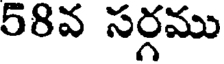
58వ సర్గము